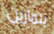
بتمارين